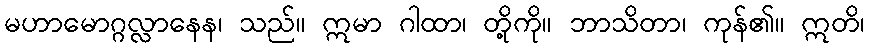
မဟာမောဂ္ဂလ္လာနေန၊ သည်။ ဣမာ ဂါထာ၊ တို့ကို။ ဘာသိတာ၊ ကုန်၏။ ဣတိ၊